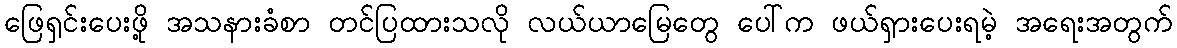
ဖြေရှင်းပေးဖို့ အသနားခံစာ တင်ပြထားသလို လယ်ယာမြေတွေ ပေါ်က ဖယ်ရှားပေးရမဲ့ အရေးအတွက်